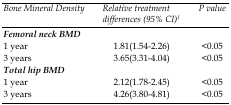
| Bone Mineral Density | Relative treatment differences (95% CI)1 | P value |
 | --- | --- | --- |
 | Femoral neck BMD |  |  |
 | 1 year | 1.81(1.54-2.26) | <0.05 |
 | 3 years | 3.65(3.31-4.04) | <0.05 |
 | Total hip BMD |  |  |
 | 1 year | 2.12(1.78-2.45) | <0.05 |
 | 3 years | 4.26(3.80-4.81) | <0.05 |